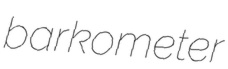
barkometer